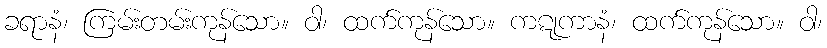
ခရာနံ၊ ကြမ်းတမ်းကုန်သော။ ဝါ၊ ထက်ကုန်သော။ ကဋုကာနံ၊ ထက်ကုန်သော။ ဝါ၊